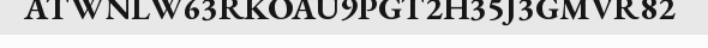
ATWNLW63RKOAU9PGT2H35J3GMVR82